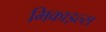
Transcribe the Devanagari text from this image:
मिकाइल्स